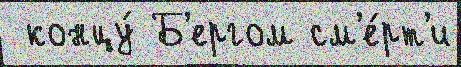
 концу́ Б'ергом см'е́рт'и